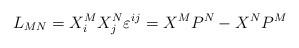
LaTeX: \begin{align*}L_{MN}=X_i^MX_j^N\varepsilon ^{ij}=X^MP^N-X^NP^M \end{align*}